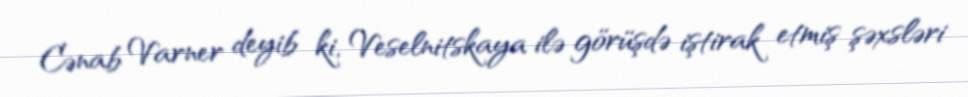
Cənab Varner deyib ki, Veselnitskaya ilə görüşdə iştirak etmiş şəxsləri